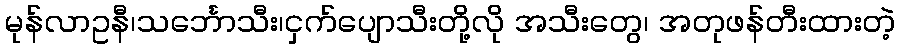
မုန်လာဥနီ၊သင်္ဘောသီး၊ငှက်ပျောသီးတို့လို အသီးတွေ၊ အတုဖန်တီးထားတဲ့